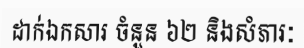
ដាក់ឯកសារ ចំនួន ៦២ និងសំភារៈ